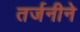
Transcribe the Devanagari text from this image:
तर्जनीने